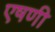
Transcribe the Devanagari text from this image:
एषणी